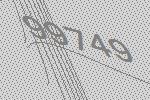
99749